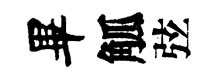
畢觚弦